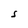
Character: S